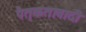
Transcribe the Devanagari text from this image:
पैतृकतावादी